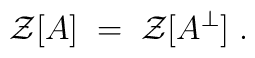
{\mathcal Z}[A] \;=\; {\mathcal Z}[A^\perp] \;.